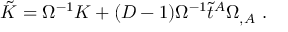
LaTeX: \tilde { K } = \Omega ^ { - 1 } K + ( D - 1 ) \Omega ^ { - 1 } \tilde { t } ^ { A } \Omega _ { , A } \ .